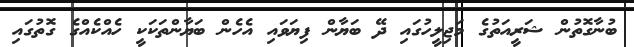
ބުނާގޮތުން ޝަރީއަތުގެ މަޖިލީހުގައި ދޭ ބަޔާން ފިޔަވައި އެހެން ބަޔާންތަކަކީ ހެއްކެއްގެ ގޮތުގައި